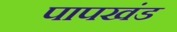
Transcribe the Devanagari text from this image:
पापखंड